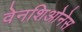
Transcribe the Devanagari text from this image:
वेनशिओनेस